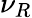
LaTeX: \nu_{R}